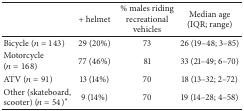
<table><thead><tr><td><b> </b></td><td><b>+ helmet</b></td><td><b>% males riding recreational vehicles</b></td><td><b>Median age (IQR; range)</b></td></tr></thead><tbody><tr><td>Bicycle (<i>n</i> = 143)</td><td>29 (20%)</td><td>73</td><td>26 (19–48; 3–85)</td></tr><tr><td>Motorcycle (<i>n</i> = 168)</td><td>77 (46%)</td><td>81</td><td>33 (21–49; 6–70)</td></tr><tr><td>ATV (<i>n</i> = 91)</td><td>13 (14%)</td><td>70</td><td>18 (13–32; 2–72)</td></tr><tr><td>Other (skateboard, scooter) (<i>n</i> = 54)*</td><td>9 (14%)</td><td>70</td><td>19 (14–28; 4–58)</td></tr></tbody></table>